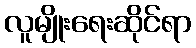
လူမျိုးရေးဆိုင်ရာ